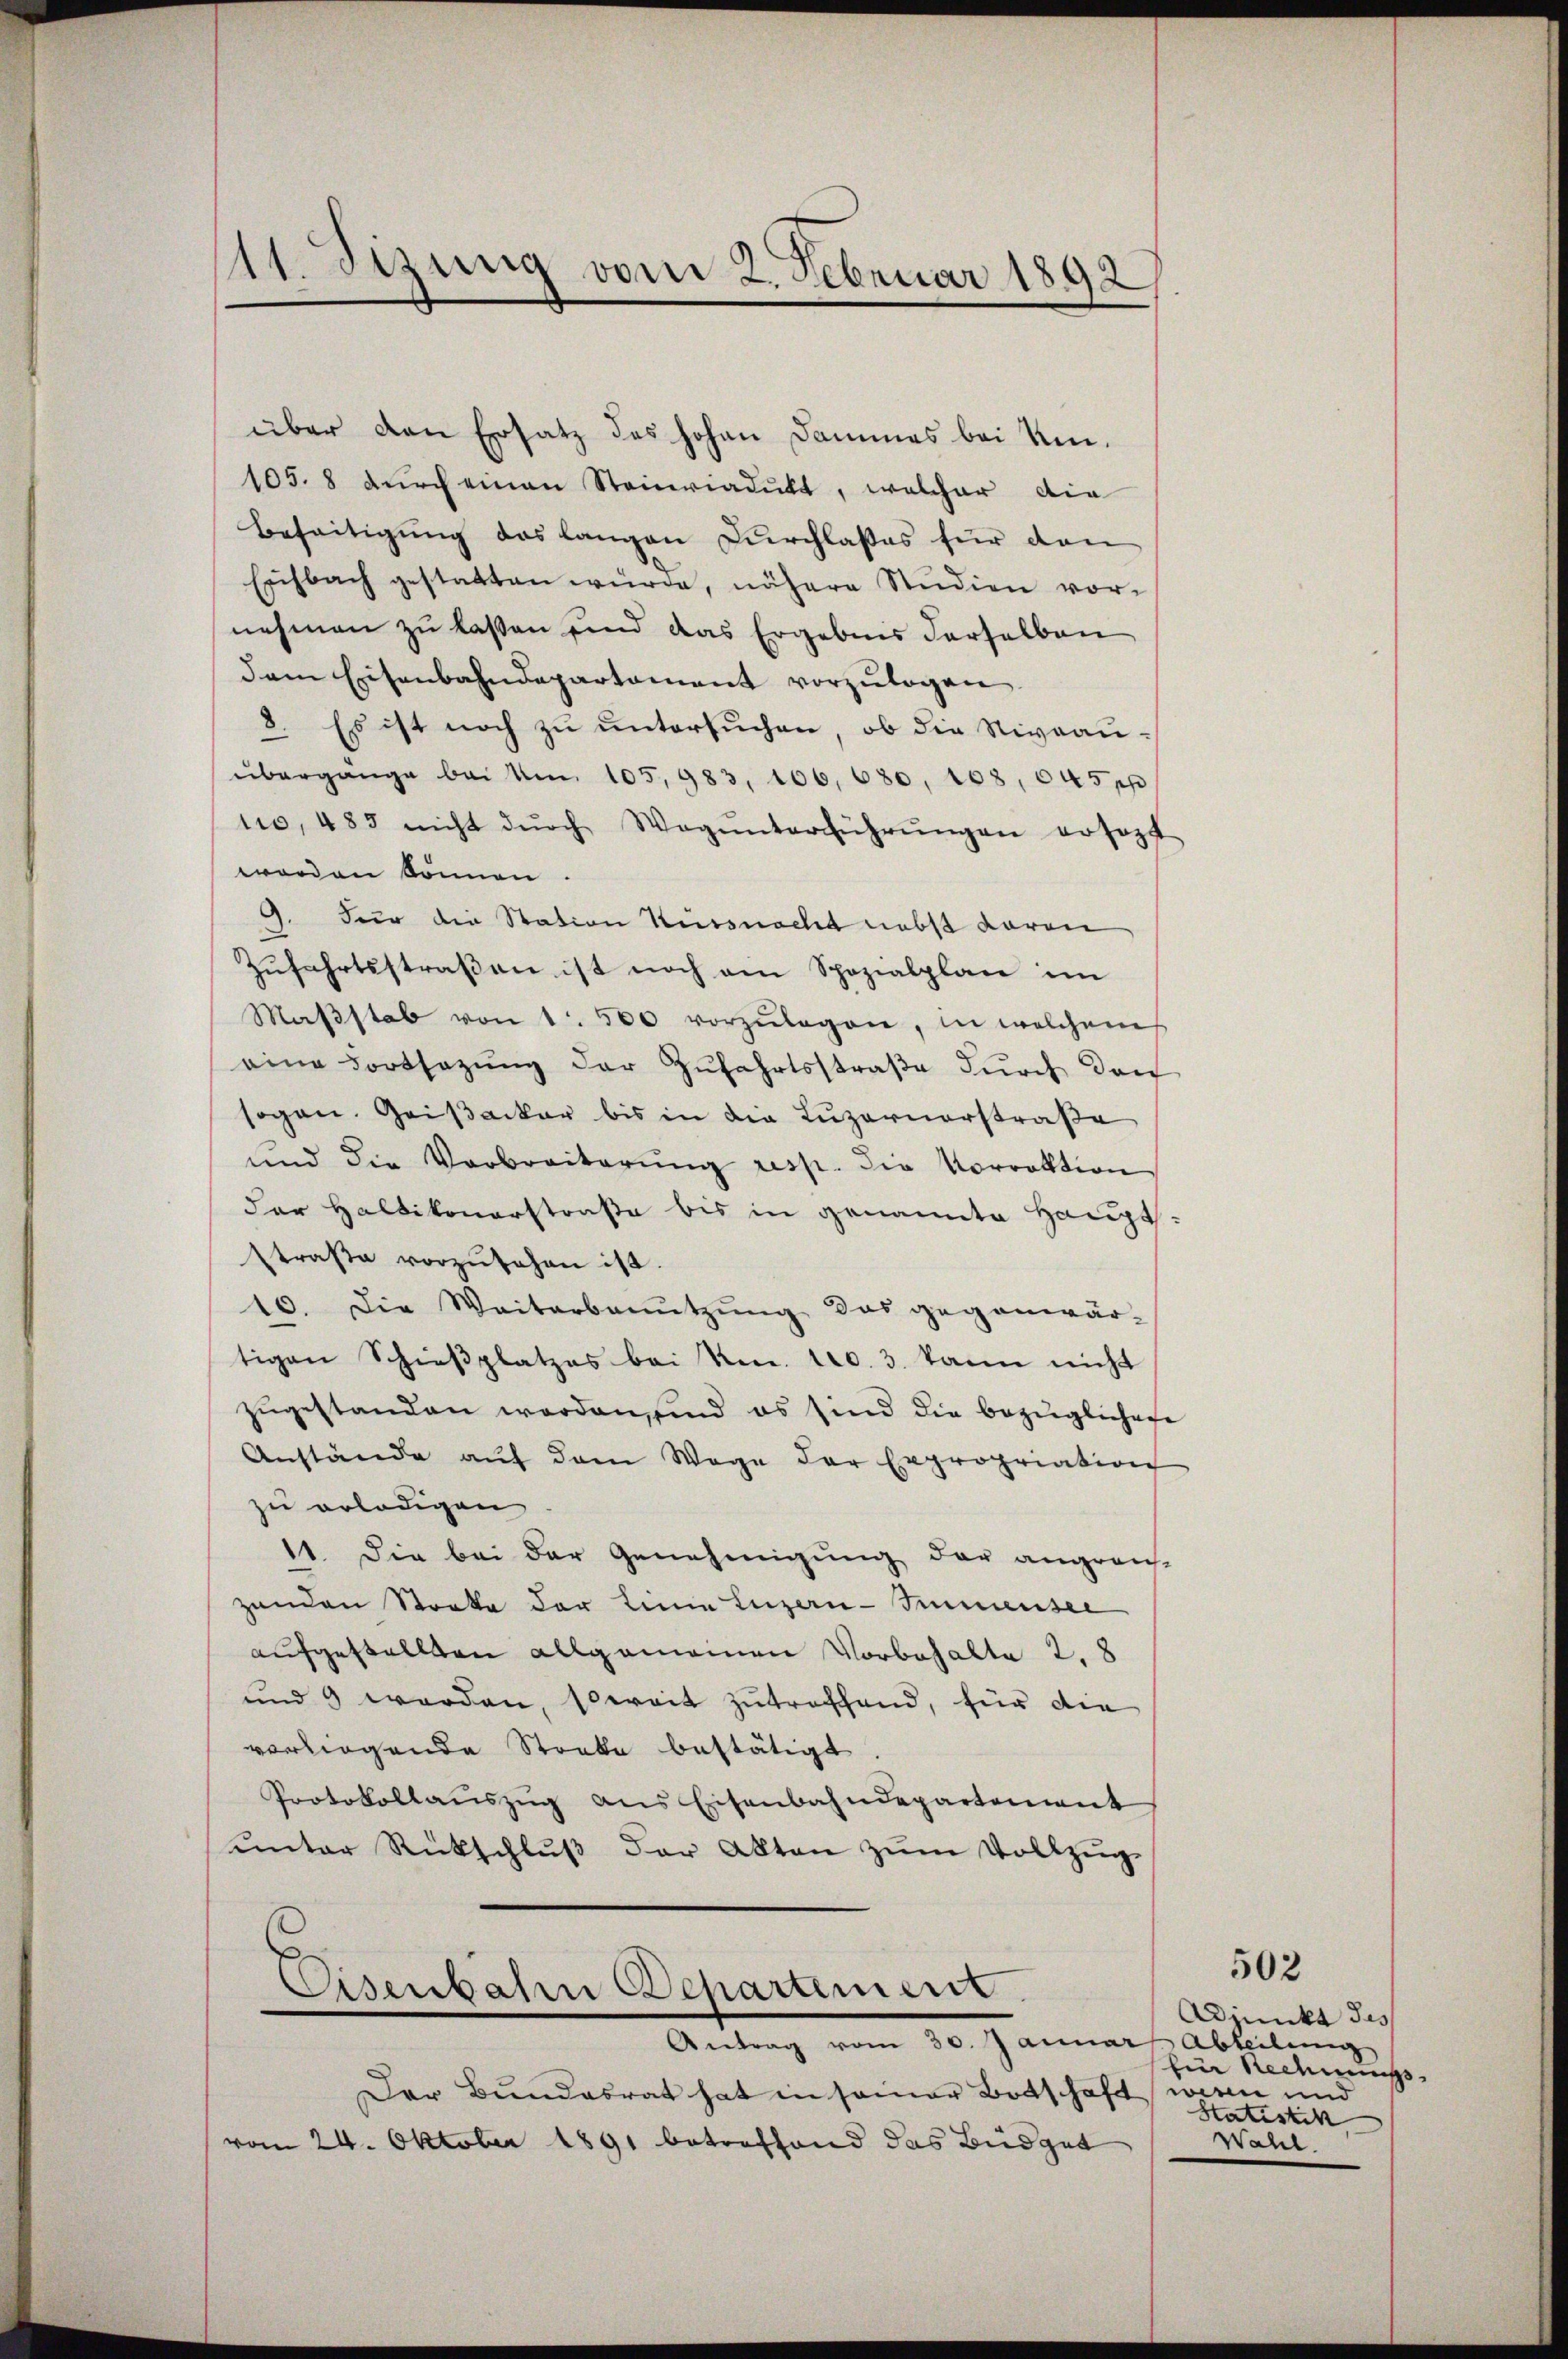
11. Sizung vom 2. Februar 1892

über den Ersatz des hohen Dammes bei Kin¬
105. 8 dŭrch einen Steinriadukt, welcher die
Beseitigung das langen Durchlasses für dan
Eichbach gestatten würde, nähere Studien vor-
nehmen zu lassen und das Ergebnis derselben
dem Eisenbahndepartament vorzŭlegen.
8. Es ist noch zu untersuchen, ob die Niveauübergange bei Um 105,983, 106, 630, 108, 645 pp
tio, 483 nicht dŭrch Wagŭnterführŭngen ersezt
worden können.
). Für die Station Küssnacht nebst daran
Zufahrtsstraßen ist noch am Spozialplan im
Maβstab von 1 500 vorzŭlegen, in welchem
eine dortsezung der Zufahrtsstraße durch den
sogen. Geißacker bis in die Luzernerstraße
und die Verbreiterŭng resp. die Vorrektion
der Haltikonerstraße bis in genannte Hauptsstraβe vorzŭsehen ist.
10. Die Waitarbenŭtzŭng das gegenwär-
tigen Schieβplatzes bei Ven. No. 3. kann nicht
zŭgestanden worden, sind es sind die bezüglichene
Anstände aŭf dem Wege der Expropriation
zu erledigen
11. Die bei der Genehmigung der angraus-
zenden Stocke der Linie Luzern-Immensee
aufgestellten allgemeinen Vorbehalte 2, 8
und 9 werden, soweit zutreffend, für die
vorlagende Stocke bestätigt
Protokollaŭszŭg ans Eisenbahndepartement
ŭnter Rückschlŭβ der Akten zŭm Vollzŭg-
Eisenbahre Departement
Antrag vom 30. Januar Abteilung
Der Bundesrat hat in seiner Botschaft wenn und
vom 24. Oktober 1891 betreffend das Büdget

502

Adjunkt des
Ein Rechnungs
Statistik
Wahl.